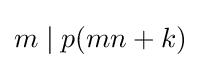
m\mid p(mn+k)